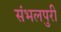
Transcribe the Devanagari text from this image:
संभलपुरी